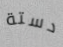
دستة